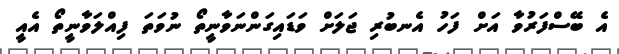
އެ ބޭސްފަރުވާ އަށް ފަހު އެނބުރި ޖަލަށް ވަޑައިގަންނަވާނީތޯ ނުވަތަ ފިއްލަވާނީތޯ އެއީ